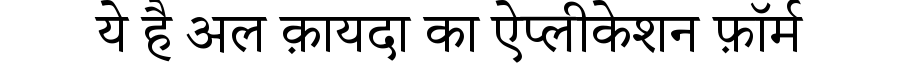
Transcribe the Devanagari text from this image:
ये है अल क़ायदा का ऐप्लीकेशन फ़ॉर्म